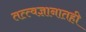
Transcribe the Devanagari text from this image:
तत्त्वज्ञानातही